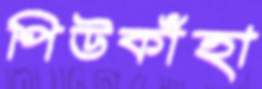
পিউকাঁহা